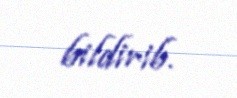
bildirib.